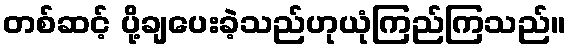
တစ်ဆင့် ပို့ချပေးခဲ့သည်ဟုယုံကြည်ကြသည်။